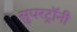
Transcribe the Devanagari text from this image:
सुपरट्रॉनी